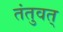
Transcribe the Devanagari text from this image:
तंतुवत्